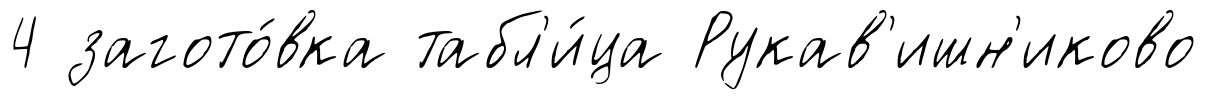
4 загото́вка табл'и́ца Рукав'ишн'иково